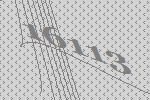
16113